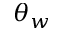
\theta _ { w }